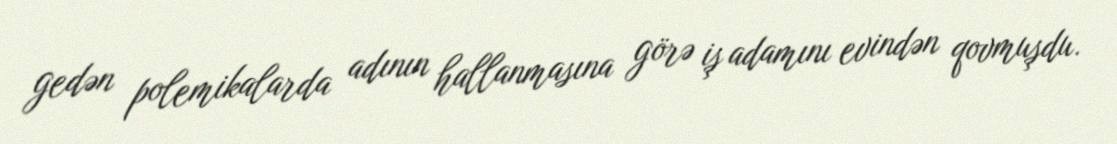
gedən polemikalarda adının hallanmasına görə iş adamını evindən qovmuşdu.